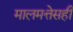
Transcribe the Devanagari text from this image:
मालमत्तेसही